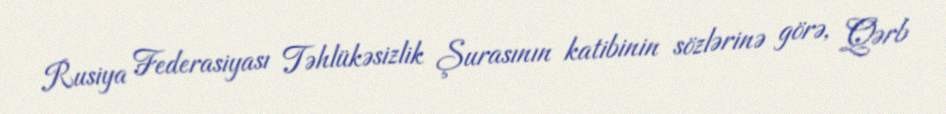
Rusiya Federasiyası Təhlükəsizlik Şurasının katibinin sözlərinə görə, Qərb